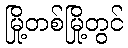
မြို့တစ်မြို့တွင်